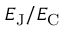
E _ { \mathrm { { J } } } / E _ { \mathrm { { C } } }